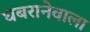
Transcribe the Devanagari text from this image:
घबरानेवाला